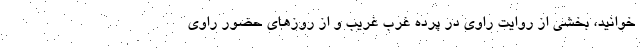
خوانید، بخشی از روایت راوی در پرده غرب غریب و از روزهای حضور راوی